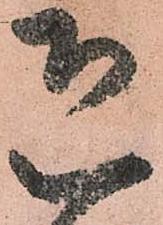
恐